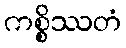
ကစ္စိဿတံ